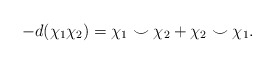
\begin{align*}-d(\chi_1\chi_2) = \chi_1 \smile \chi_2 + \chi_2 \smile \chi_1.\end{align*}